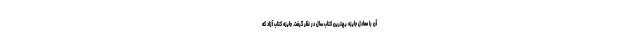
آن را معادل جایزه بهترین کتاب سال در نظر گرفت. جایزه کتاب آزاد که